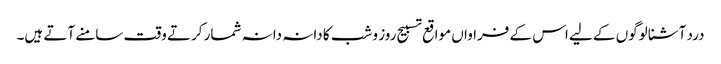
درد آشنا لوگوں کے لیے اس کے فراواں مواقع تسبیح روز و شب کا دانہ دانہ شمار کرتے وقت سامنے آتے ہیں۔